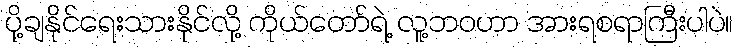
ပို့ချနိုင်ရေးသားနိုင်လို့ ကိုယ်တော်ရဲ့ လူ့ဘဝဟာ အားရစရာကြီးပါပဲ။